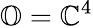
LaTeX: \mathbb{O}=\mathbb{C}^{4}